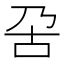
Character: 呄